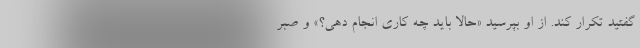
گفتید تکرار کند. از او بپرسید «حالا باید چه کاری انجام دهی؟» و صبر